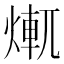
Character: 𤍆